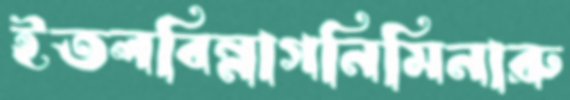
ইতলবিন্নাগনিমিনারু